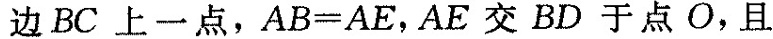
边BC上一点，$$AB = AE$$，AE交BD于点O，且